Report on vaccination in Madras 1877-1894 - 1877-1894
Year: 1877
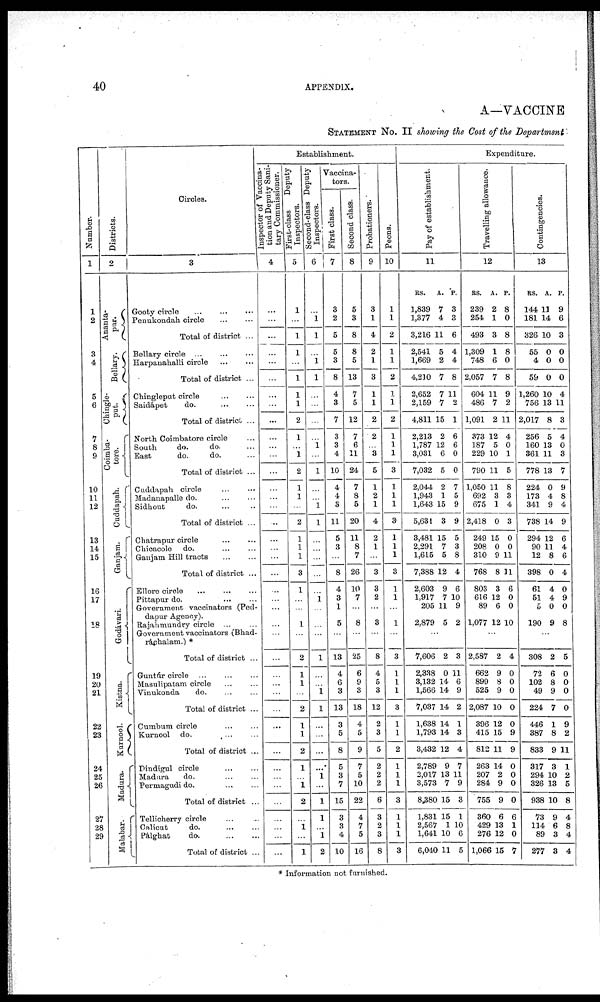
40
APPENDIX.
A—VACCINE
STATEMENT NO. II showing the Cost of the Department
Number.
1
1
2
3
4
5
6
7
8
9
10
11
12
13
14
15
16
17
18
19
20
21
22
23
24
25
26
27
28
29
Districts.
2
Ananta¬
pur.
Bellary.
Chingle¬
put.
Coimba¬
tore.
Cuddapah.
Ganjam.
Godávari.
Kistna.
Kurnool.
Madura.
Malabar.
Circles.
3
Gooty circle
...
...
...
Penukondah circle
...
...
Total of district ...
Bellary circle
...
...
...
Harpanahalli circle
...
...
Total of district ...
Chingleput circle
...
...
Saidapet
do.
...
...
Total of district ...
North Coimbatore circle ...
South
do.
do. ...
East.
do.
do. ...
Total of district ...
Cuddapah circle
...
...
Madanapalle do.
...
...
Sidhout
do. ... ...
Total of district ...
Chatrapur circle
...
...
Chicacole do.
...
...
Ganjam Hill tracts
...
...
Total of district ...
Ellore circle
...
...
...
Pittapur do.
...
...
Government vaccinators (Ped¬
dapur Agency).
Rajahmundry circle ... ...
Government vaccinators (Bhad¬
ráchalam.) *
Total of district ...
Guntúr circle
...
...
...
Masulipatam circle
...
...
Vinukonda
do. ... ...
Total of district ...
Cumbum circle
...
...
Kurnool do.
...
...
Total of district ...
Dindigul circle
...
...
Madura
do.
...
...
Permagudi do.
...
...
Total of district ...
Tellioherry circle ... ...
Calicut
do.
...
...
Palghat
do.
...
...
Total of district ...
Establishment.
Inspector of Vaccina-
tion and Deputy Sani-
tary Commissioner.
4
...
...
...
...
...
...
...
...
...
...
...
...
...
...
...
...
...
...
...
...
...
...
...
...
...
...
...
...
...
...
...
...
...
...
...
...
...
...
...
...
...
...
First-class
Deputy
Inspectors.
5
1
...
1
1
...
1
1
1
2
1
...
1
2
1
1
...
2
1
1
1
3
1
...
...
1
...
2
1
1
...
2
1
1
2
1
...
1
2
...
1
...
1
Second-class Deputy
Inspectors.
6
...
1
1
...
1
1
...
...
...
...
1
...
1
...
...
1
1
...
...
...
...
...
1
...
...
...
1
...
...
1
1
...
...
...
...
1
...
1
1
...
1
2
Vaccina-
tors.
First class.
7
3
2
5
5
3
8
4
3
7
3
3
4
10
4
4
3
11
5
3
...
8
4
3
1
5
...
13
4
6
3
13
3
5
8
5
3
7
15
3
3
4
10
Second class.
8
5
3
8
8
5
13
7
5
12
7
6
11
24
7
8
5
20
11
8
7
26
10
7
...
8
...
25
6
9
3
18
4
5
9
7
5
10
22
4
7
5
16
Probationers.
9
3
1
4
2
1
3
1
1
2
2
...
3
5
1
2
1
4
2
1
3
3
2
...
3
...
8
4
5
3
12
2
3
5
2
2
2
6
3
2
3
8
Peons.
10
1
1
2
1
1
2
1
1
2
1
1
1
3
1
1
1
3
1
1
1
3
1
1
...
1
...
3
1
1
1
3
1
1
2
1
1
1
3
1
1
1
3
Expenditure.
Pay of establishment.
11
RS.
1,839
1,377
3,216
2,541
1,669
4,210
2,652
2,159
4,811
2,213
1,787
3,031
7,032
2,044
1,943
1,643
5,631
3,481
2,291
1,615
7,388
2,603
1,917
205
2,879
A.
7
4
11
5
2
7
7
7
15
2
12
6
5
2
1
15
3
15
7
5
12
9
7
11
5
P.
3
3
6
4
4
8
11
2
1
6
6
0
0
7
5
9
9
5
3
8
4
6
10
9
2
...
7,606
2,338
3,132
1,566
7,037
1,638
1,793
3,432
2,789
3,017
3,573
8,380
1,831
2,567
1,641
6,040
2
0
14
14
14
14
14
12
9
13
7
15
15
1
10
11
3
11
6
9
2
1
3
4
7
11
9
3
1
10
6
5
Travelling allowance.
12
RS.
239
254
493
1,309
748
2,057
604
486
1,091
373
187
229
790
1,050
692
675
2,418
249
208
310
768
803
616
89
1,077
A.
2
1
3
1
6
7
11
7
2
12
5
10
11
11
3
1
0
15
0
9
8
3
12
6
12
P.
8
0
8
8
0
8
9
2
11
4
0
1
5
8
3
4
3
0
0
11
11
6
0
0
10
...
2,587
662
899
525
2,087
396
415
812
263
207
284
755
360
429
276
1,066
2
9
8
9
10
12
15
11
14
2
9
9
6
18
12
15
4
0
0
0
0
0
9
9
0
0
0
0
6
1
0
7
Contingencies.
13
RS.
144
181
326
55
4
59
1,260
756
2,017
256
160
361
778
224
173
341
738
294
90
12
398
61
51
5
190
A.
11
14
10
0
0
0
10
13
8
5
13
11
13
0
4
9
14
12
11
8
0
4
4
0
9
P.
9
6
3
0
0
0
4
11
3
4
0
3
7
9
8
4
9
6
4
6
4
0
9
0
8
...
308
72
102
49
224
446
387
833
317
294
326
938
73
114
89
277
2
6
8
9
7
1
8
9
3
10
13
10
9
6
3
3
5
0
0
0
0
9
2
11
1
2
5
8
4
8
4
4
* Information not furnished.